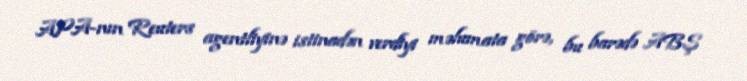
APA-nın Reuters agentliyinə istinadən verdiyi məlumata görə, bu barədə ABŞ